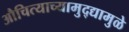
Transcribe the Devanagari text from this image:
औचित्याच्यामुद्द्यामुळे